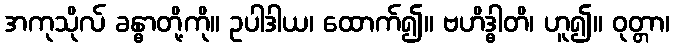
အကုသိုလ် ခန္ဓာတို့ကို။ ဥပါဒါယ၊ ထောက်၍။ ဗဟိဒ္ဓါတိ၊ ဟူ၍။ ဝုတ္တာ၊